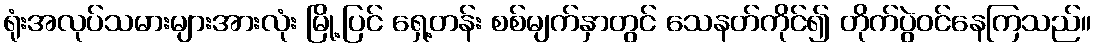
ရုံးအလုပ်သမားများအားလုံး မြို့ပြင် ရှေ့တန်း စစ်မျက်နှာတွင် သေနတ်ကိုင်၍ တိုက်ပွဲဝင်နေကြသည်။